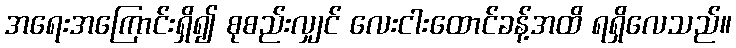
အရေးအကြောင်းရှိ၍ စုစည်းလျှင် လေးငါးထောင်ခန့်အထိ ရရှိလေသည်။